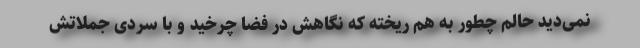
نمی‌دید حالم چطور به هم ریخته که نگاهش در فضا چرخید و با سردی جملاتش